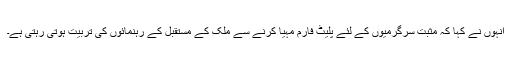
انہوں نے کہا کہ مثبت سرگرمیوں کے لئے پلیٹ فارم مہیا کرنے سے ملک کے مستقبل کے رہنمائوں کی تربیت ہوتی رہتی ہے۔